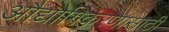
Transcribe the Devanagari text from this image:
औद्योगिकरणासाठी